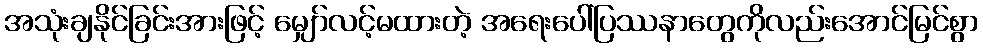
အသုံးချနိုင်ခြင်းအားဖြင့် မျှော်လင့်မထားတဲ့ အရေးပေါ်ပြဿနာတွေကိုလည်းအောင်မြင်စွာ